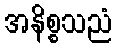
အနိစ္စသညံ